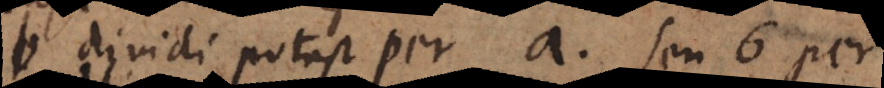
vidi potest per a seu 6 per